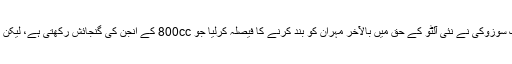
مزید برآں، گزشتہ سال (2017ء) نومبر میں بتایا گیا تھا کہ پاک سوزوکی نے نئی آلٹو کے حق میں بالآخر مہران کو بند کرنے کا فیصلہ کرلیا جو 800cc کے انجن کی گنجائش رکھتی ہے، لیکن اب تک ادارے کی جانب سے اس کی کوئی تصدیق نہیں کی گئی۔